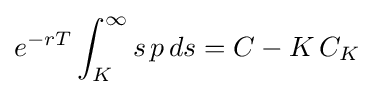
e^{-rT}\int _{K}^{\infty }s\,p\,ds=C-K\,C_{K}